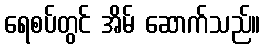
ရေစပ်တွင် အိမ် ဆောက်သည်။